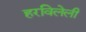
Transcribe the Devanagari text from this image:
हरविलेली